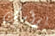
برأسك